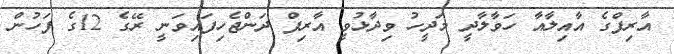
އާރިފްގެ އާއިލާއާ ހަވާލާދީ މަދީހު ވިދާޅުވީ އާރިފް ދަންޖެހިފައިވަނީ ރޭގެ 12ގެ ފަހުން